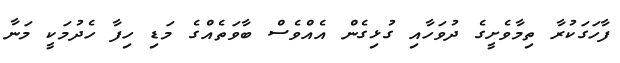
ފާހަގަކުރާ ތިމާވެށީގެ ދުވަހާއި ގުޅިގެން އެއްވެސް ބާވަތެއްގެ މަޑި ހިފާ ހެދުމަކީ މަނާ